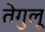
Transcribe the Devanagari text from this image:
तेगुलू